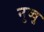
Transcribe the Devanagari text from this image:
नुव्वु